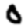
Digit: 0